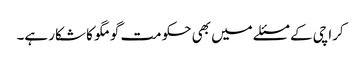
کراچی کے مسئلے میں بھی حکومت گومگو کا شکار ہے۔